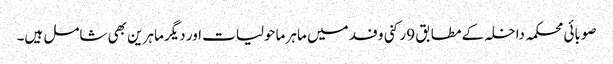
صوبائی محکمہ داخلہ کے مطابق 9 رکنی وفد میں ماہر ماحولیات اور دیگر ماہرین بھی شامل ہیں۔